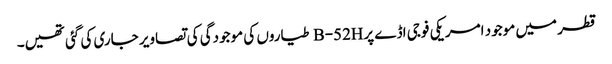
قطر میں موجود امریکی فوجی اڈے پرB-52H طیاروں کی موجودگی کی تصاویر جاری کی گئی تھیں۔